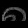
Digit: ၈